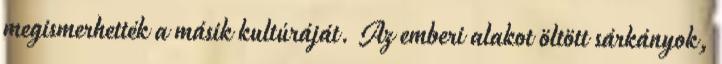
megismerhették a másik kultúráját. Az emberi alakot öltött sárkányok,